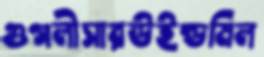
গুগলীসারউইন্ডমিল